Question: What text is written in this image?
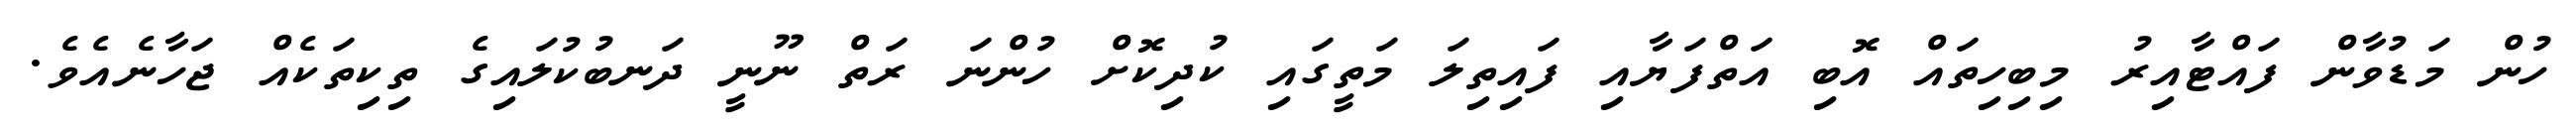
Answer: ހުން މަޑުވާން ފައްޓާއިރު މިބިހިތައް އޮބި އަތްފަޔާއި ފައިތިލަ މަތީގައި ކުދިކޮށް ހުންނަ ރަތް ނޫނީ ދަނބުކުލައިގެ ތިކިތަކެއް ޖަހާނެއެވެ.